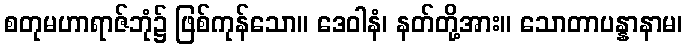
စတုမဟာရာဇ်ဘုံ၌ ဖြစ်ကုန်သော။ ဒေဝါနံ၊ နတ်တို့အား။ သောတာပန္နာနာမ၊